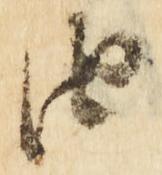
由